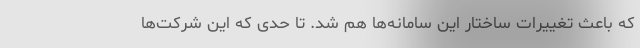
که باعث تغییرات ساختار این سامانه‌ها هم شد. تا حدی که این شرکت‌ها